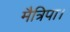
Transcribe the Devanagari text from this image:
मैत्रिपा।